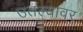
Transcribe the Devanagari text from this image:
उतल्यावर